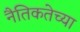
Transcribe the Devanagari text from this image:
नैतिकतेच्या